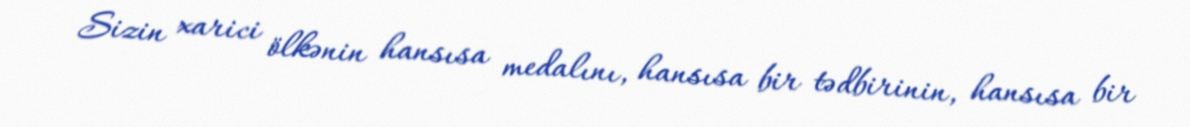
Sizin xarici ölkənin hansısa medalını, hansısa bir tədbirinin, hansısa bir